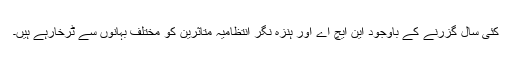
کئی سال گزرنے کے باوجود این ایچ اے اور ہنزہ نگر انتظامیہ متاثرین کو مختلف بہانوں سے ٹرخارہے ہیں۔